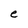
Character: e